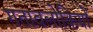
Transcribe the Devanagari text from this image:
गतावलोकियों